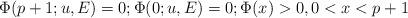
LaTeX: \begin{align*}\Phi(p+1; u, E)=0;\Phi(0;u,E)=0;\Phi(x)>0,0<x<p+1\end{align*}